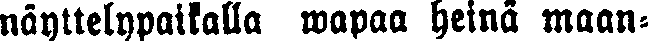
näyttelypaikalla wapaa heinä maan-